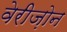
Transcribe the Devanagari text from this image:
वेरीज़ोन